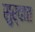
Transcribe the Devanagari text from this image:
सुर्वात